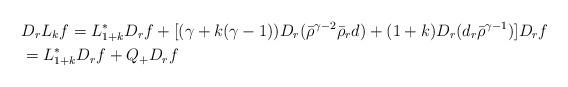
LaTeX: \begin{align*}& D_r L_k f = L_{1+k}^* D_r f + [ (\gamma+k(\gamma-1)) D_r (\bar{\rho}^{\gamma-2} \bar{\rho}_r d) + (1+k) D_r (d _r \bar{\rho}^{\gamma-1}) ] D_r f \\&= L_{1+k}^* D_r f + Q_{+} D_r f\end{align*}